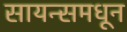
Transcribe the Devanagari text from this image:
सायन्समधून